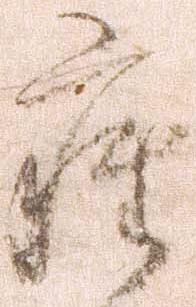
座